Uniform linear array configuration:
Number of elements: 8
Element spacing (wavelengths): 0.25
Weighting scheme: hamming
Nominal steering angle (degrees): -15
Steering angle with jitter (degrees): -14.594
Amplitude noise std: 0.05
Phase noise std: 0.05

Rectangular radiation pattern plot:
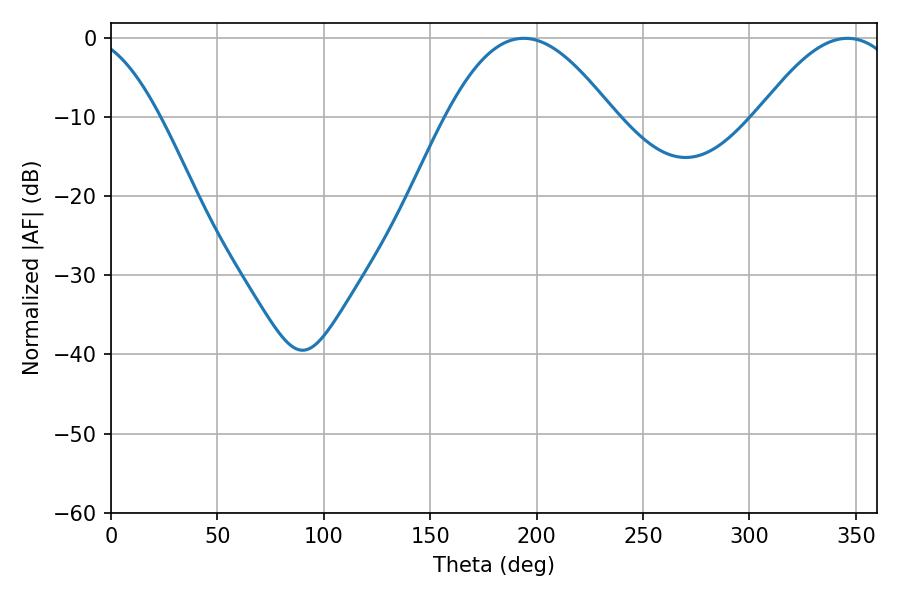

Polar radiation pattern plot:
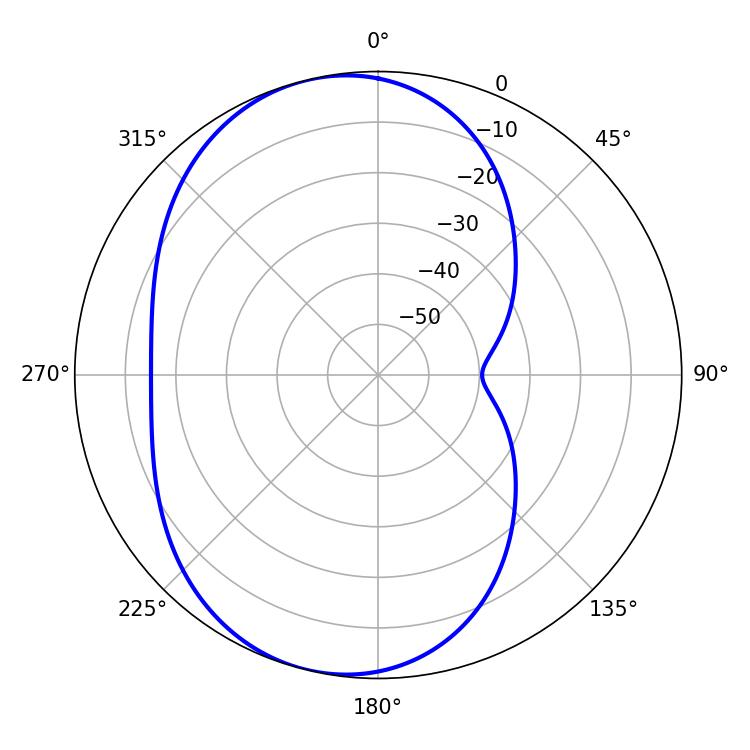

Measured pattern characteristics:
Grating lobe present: FALSE
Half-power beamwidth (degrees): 42.66
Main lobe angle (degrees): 193.86